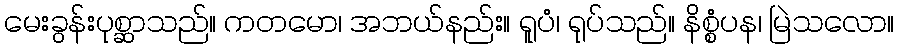
မေးခွန်းပုစ္ဆာသည်။ ကတမော၊ အဘယ်နည်း။ ရူပံ၊ ရုပ်သည်။ နိစ္စံပန၊ မြဲသလော။